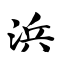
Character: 浜